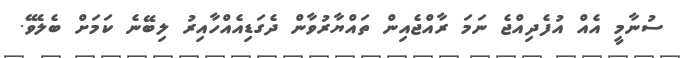
ސުނާމީ އެއް އުފެދިއްޖެ ނަމަ ރާއްޖެއިން ތައްޔާރުވާން ދެގަޑިއެއްހާއިރު ލިބޭނެ ކަމަށް ބެލެވޭ.